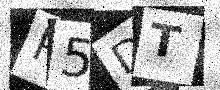
Text: P5DT